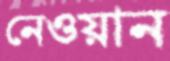
নেওয়ান